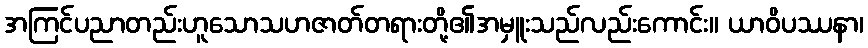
အကြင်ပညာတည်းဟူသောသဟဇာတ်တရားတို့၏အမှူးသည်လည်းကောင်း။ ယာဝိပဿနာ၊